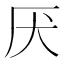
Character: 厌